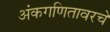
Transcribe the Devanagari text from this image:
अंकगणितावरचे